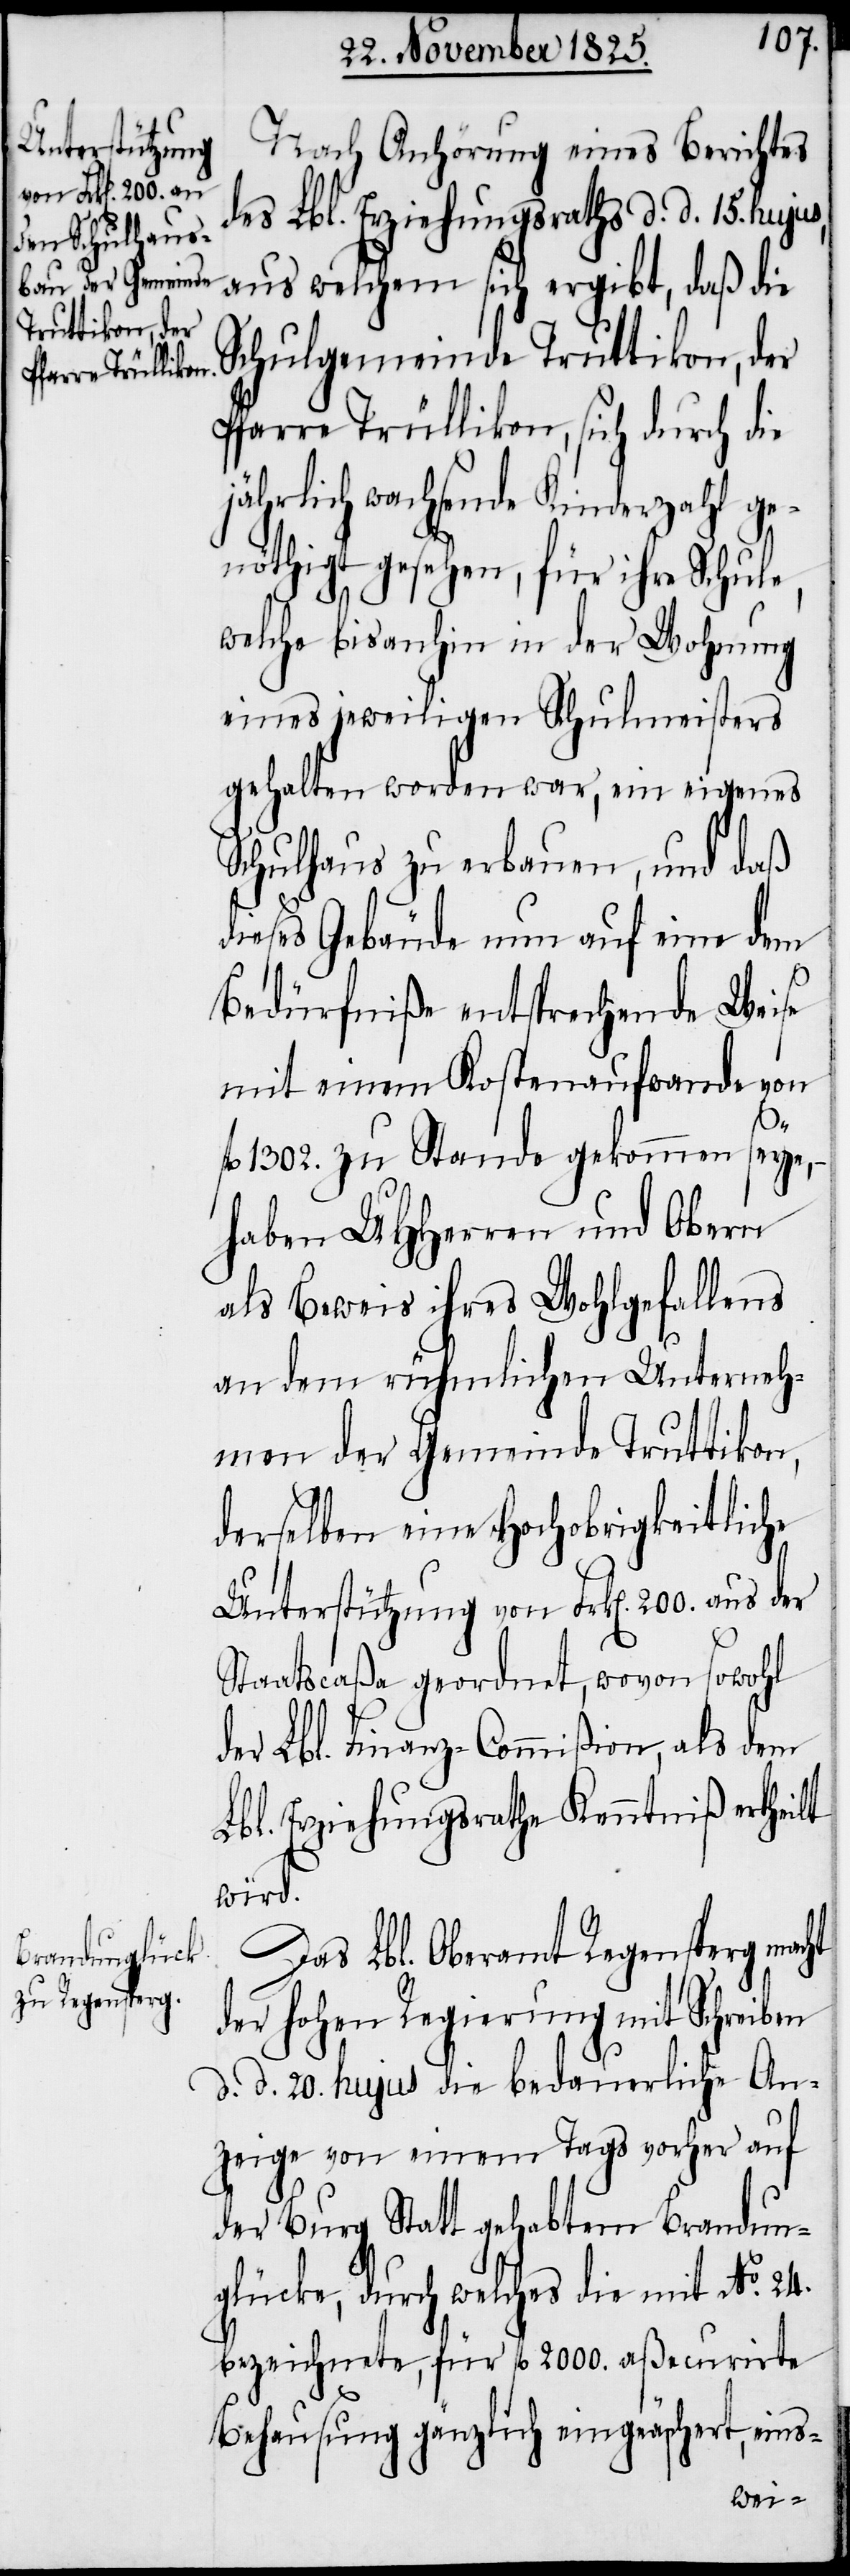
Nach Anhörung eines Berichtes
des Lbl. Erziehungsraths d. d. 15. huju¬
aus welchem sich ergibt, daß die
Schulgemeinde Truttikon, der
Pfarre Trüllikon, sich durch die
jährlich wachsende Kinderzahl ge¬
nöthigt gesehen, für ihre Schule,
welche bisanhin in der Wohnung
eines jeweiligen Schulmeisters
gehalten worden war, ein eigenes
Schulhaus zu erbauen, und daß
dieses Gebäude nun auf eine dem
Bedürfniße entsprechende Weise
mit einem Kostenaufwande von
fl. 1302. zu Stande gekommen seye,
haben UHHerren und Obern
als Beweis ihres Wohlgefallens
s,
an dem rühmlichen Unterneh¬
men der Gemeinde Truttikon,
derselben eine hochobrigkeitliche
Unterstützung von Frk[en]. 200. aus der
Staatscaßa geordnet, wovon sowohl
der Lbl. Finanz-Commißion, als dem
Lbl. Erziehungsrathe Kenntniß ertheilt
wird.
Das Lbl. Oberamt Regensperg macht
der hohen Regierung mit Schreiben
d. d. 20. hujus die bedauerliche An¬
zeige von einem Tags vorher auf
der Burg Statt gehabtem Brandun¬
glücke, durch welches die mit No. 24.
bezeichnete, für fl. 2000. aßecurirte
Behausung gänzlich eingeäschert, eins-